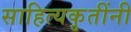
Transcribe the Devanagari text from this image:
साहित्यकृतींनी